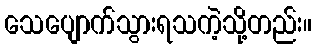
သေပျောက်သွားရသကဲ့သို့တည်း။